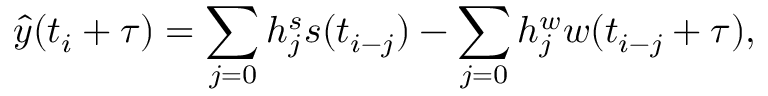
\hat { y } ( t _ { i } + \tau ) = \sum _ { j = 0 } h _ { j } ^ { s } s ( t _ { i - j } ) - \sum _ { j = 0 } h _ { j } ^ { w } w ( t _ { i - j } + \tau ) ,